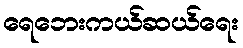
ရေဘေးကယ်ဆယ်ရေး